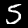
Digit: 5